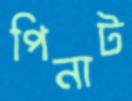
পিনাট